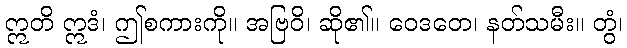
ဣတိ ဣဒံ၊ ဤစကားကို။ အဗြဝိ၊ ဆို၏။ ဝေဒတေ၊ နတ်သမီး။ တွံ၊